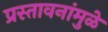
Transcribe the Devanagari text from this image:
प्रस्तावनांमुळे